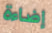
إضاءة